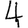
Digit: 4